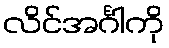
လိင်အင်္ဂါကို